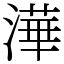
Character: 澕